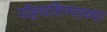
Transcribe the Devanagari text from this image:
पोहचविण्याच्या